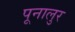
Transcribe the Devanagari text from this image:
पूनालुर